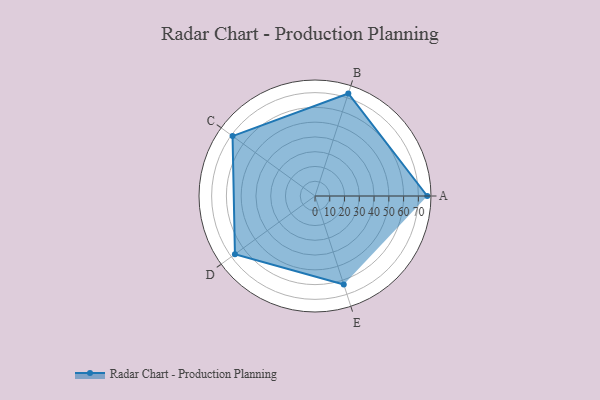
{"axis": {"x": "Skill", "y": "Score"}, "legend": ["Profile"], "data": [{"x": "A", "y": 76.0, "type": "Profile"}, {"x": "B", "y": 73.0, "type": "Profile"}, {"x": "C", "y": 69.0, "type": "Profile"}, {"x": "D", "y": 67.0, "type": "Profile"}, {"x": "E", "y": 63.0, "type": "Profile"}]}